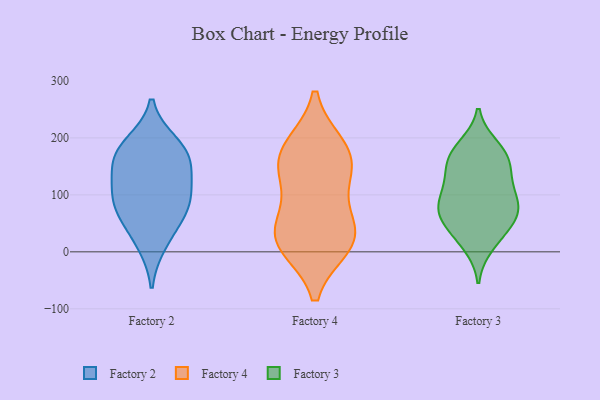
{"axis": {"x": "Temperature (°C)", "y": "Value"}, "legend": ["Factory 2", "Factory 3", "Factory 4"], "data": [{"x": "", "y": 101, "type": "Factory 2"}, {"x": "", "y": 14, "type": "Factory 2"}, {"x": "", "y": 175, "type": "Factory 2"}, {"x": "", "y": 56, "type": "Factory 2"}, {"x": "", "y": 170, "type": "Factory 2"}, {"x": "", "y": 190, "type": "Factory 2"}, {"x": "", "y": 91, "type": "Factory 2"}, {"x": "", "y": 153, "type": "Factory 2"}, {"x": "", "y": 72, "type": "Factory 2"}, {"x": "", "y": 123, "type": "Factory 2"}, {"x": "", "y": 16, "type": "Factory 4"}, {"x": "", "y": 117, "type": "Factory 4"}, {"x": "", "y": 151, "type": "Factory 4"}, {"x": "", "y": 185, "type": "Factory 4"}, {"x": "", "y": 53, "type": "Factory 4"}, {"x": "", "y": 38, "type": "Factory 4"}, {"x": "", "y": 182, "type": "Factory 4"}, {"x": "", "y": 153, "type": "Factory 4"}, {"x": "", "y": 19, "type": "Factory 4"}, {"x": "", "y": 11, "type": "Factory 4"}, {"x": "", "y": 164, "type": "Factory 3"}, {"x": "", "y": 107, "type": "Factory 3"}, {"x": "", "y": 91, "type": "Factory 3"}, {"x": "", "y": 118, "type": "Factory 3"}, {"x": "", "y": 44, "type": "Factory 3"}, {"x": "", "y": 180, "type": "Factory 3"}, {"x": "", "y": 164, "type": "Factory 3"}, {"x": "", "y": 66, "type": "Factory 3"}, {"x": "", "y": 65, "type": "Factory 3"}, {"x": "", "y": 149, "type": "Factory 3"}, {"x": "", "y": 83, "type": "Factory 3"}, {"x": "", "y": 136, "type": "Factory 3"}, {"x": "", "y": 185, "type": "Factory 3"}, {"x": "", "y": 24, "type": "Factory 3"}, {"x": "", "y": 59, "type": "Factory 3"}, {"x": "", "y": 78, "type": "Factory 3"}, {"x": "", "y": 11, "type": "Factory 3"}]}